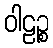
ဝါဠဉ္စ